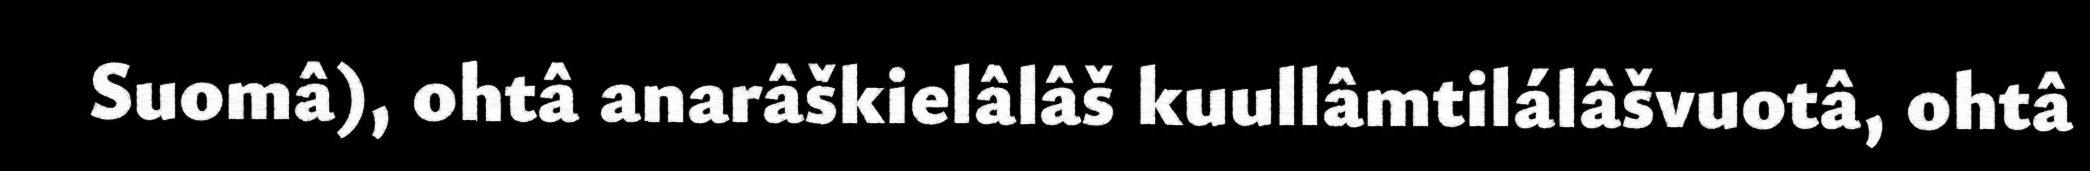
Suomâ), ohtâ anarâškielâlâš kuullâmtilálâšvuotâ, ohtâ